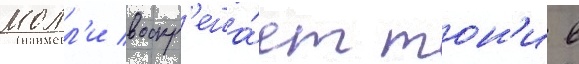
молл'и воскр'еша́ет тон'и в